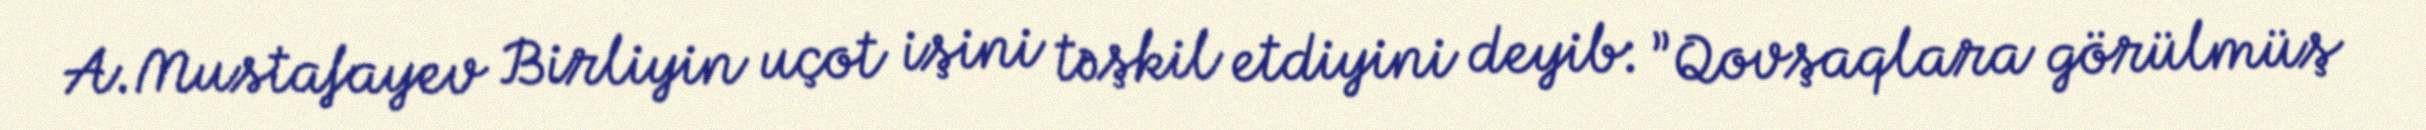
A.Mustafayev Birliyin uçot işini təşkil etdiyini deyib: ”Qovşaqlara görülmüş